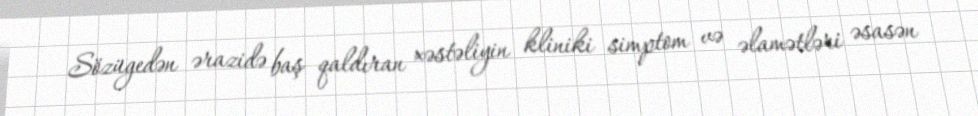
Sözügedən ərazidə baş qaldıran xəstəliyin kliniki simptom və əlamətləri əsasən